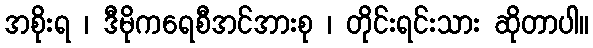
အစိုးရ ၊ ဒီမိုကရေစီအင်အားစု ၊ တိုင်းရင်းသား ဆိုတာပါ။